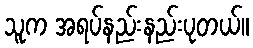
သူက အရပ်နည်းနည်းပုတယ်။